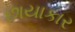
છાયાકાર